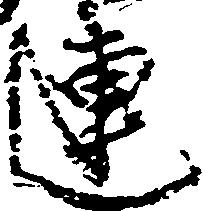
連